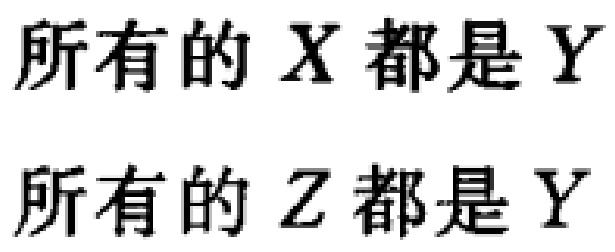
所有的 \(X\) 都是 \(Y\)
所有的 \(Z\) 都是 \(Y\)